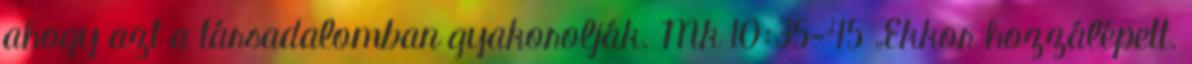
ahogy azt a társadalomban gyakorolják. Mk 10:35-45 „Ekkor hozzálépett.